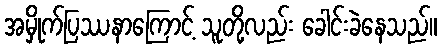
အမှိုက်ပြဿနာကြောင့် သူတို့လည်း ခေါင်းခဲနေသည်။